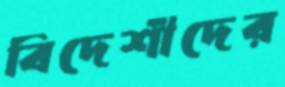
বিদেশীদের